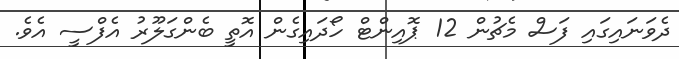
ދެވަނައިގައި ފަސް މެޗުން 12 ޕޮއިންޓް ހޯދައިގެން އޮތީ ބެންގަލޫރު އެފްސީ އެވެ.